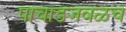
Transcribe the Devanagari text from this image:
पाचाडजवळच